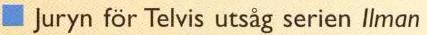
 Juryn för Telvis utsåg serien Ilman